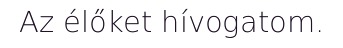
Az élőket hívogatom.